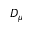
D _ { \mu }